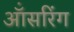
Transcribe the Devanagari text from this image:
ऑंसरिंग